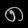
Digit: ၈